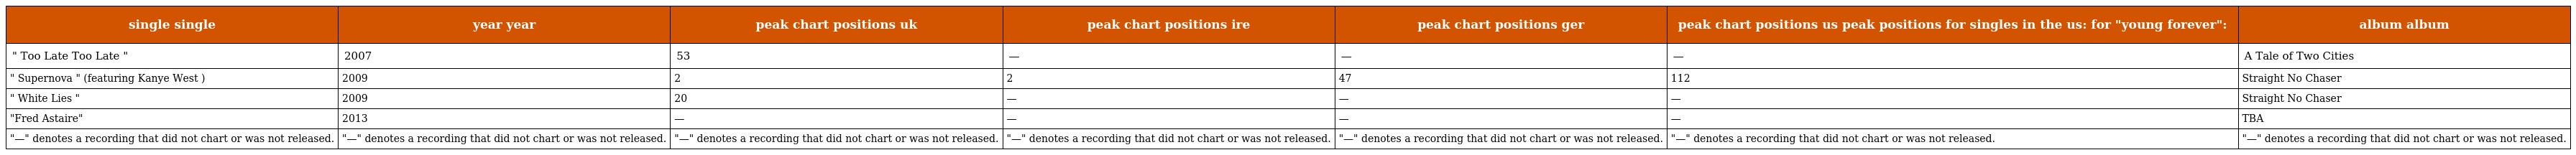
| single single | year year | peak chart positions uk | peak chart positions ire | peak chart positions ger | peak chart positions us peak positions for singles in the us: for "young forever": | album album |
 | --- | --- | --- | --- | --- | --- | --- |
 | " Too Late Too Late " | 2007 | 53 | — | — | — | A Tale of Two Cities |
 | " Supernova " (featuring Kanye West ) | 2009 | 2 | 2 | 47 | 112 | Straight No Chaser |
 | " White Lies " | 2009 | 20 | — | — | — | Straight No Chaser |
 | "Fred Astaire" | 2013 | — | — | — | — | TBA |
 | "—" denotes a recording that did not chart or was not released. | "—" denotes a recording that did not chart or was not released. | "—" denotes a recording that did not chart or was not released. | "—" denotes a recording that did not chart or was not released. | "—" denotes a recording that did not chart or was not released. | "—" denotes a recording that did not chart or was not released. | "—" denotes a recording that did not chart or was not released. |